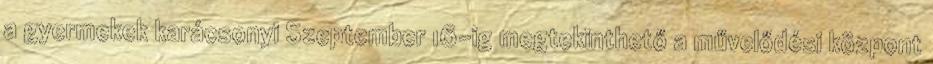
a gyermekek karácsonyi Szeptember 16-ig megtekinthető a művelődési központ